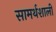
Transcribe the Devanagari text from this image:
सामर्थशाली